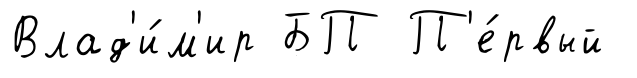
Влад'и́м'ир БП П'е́рвый